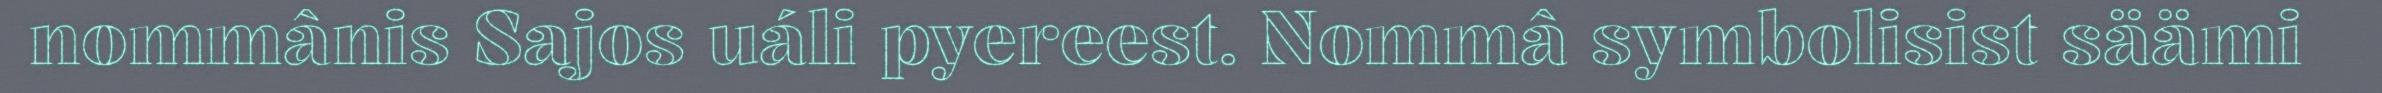
nommânis Sajos uáli pyereest. Nommâ symbolisist säämi